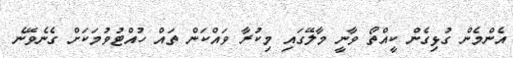
އެންމެން ގުޅިގެން ކީއްތޯ ވާނީ މާލޭގައި މިކުރާ ވައްކަން ތައް ހުއްޓުވުމަކަށް ގެނެވޭނެ